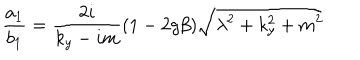
\frac { a _ { 1 } } { b _ { 1 } } = \frac { 2 i } { k _ { y } - i m } ( 1 - 2 g \beta ) \sqrt { \lambda ^ { 2 } + k _ { y } ^ { 2 } + m ^ { 2 } }